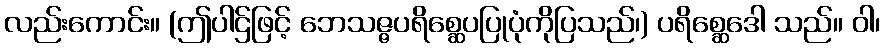
လည်းကောင်း။ (ဤပါဌ်ဖြင့် ဘေသဇ္ဇပရိစ္ဆေပပြုပုံကိုပြသည်၊) ပရိစ္ဆေဒေါ သည်။ ဝါ၊